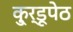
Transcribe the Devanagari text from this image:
कु्र्डूपेठ